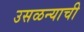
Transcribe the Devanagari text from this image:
उसळन्याची